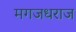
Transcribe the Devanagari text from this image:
मगजधराज